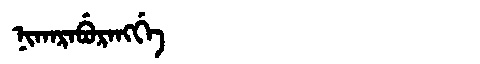
Manchu: ᠨᡳᡴᠠᡵᠠᠪᡠᡵᠠᠩᡤᡝ
Romanization: NIKARABURANGGE